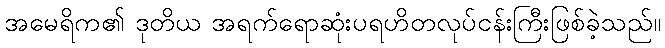
အမေရိက၏ ဒုတိယ အရက်ရောဆုံးပရဟိတလုပ်ငန်းကြီးဖြစ်ခဲ့သည်။